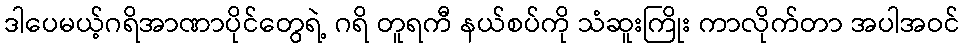
ဒါပေမယ့်ဂရိအာဏာပိုင်တွေရဲ့ ဂရိ တူရကီ နယ်စပ်ကို သံဆူးကြိုး ကာလိုက်တာ အပါအဝင်